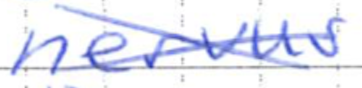
Text: nervus
Cross-out: cross
Writing tool: ballpoint